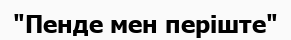
"Пенде мен періште"